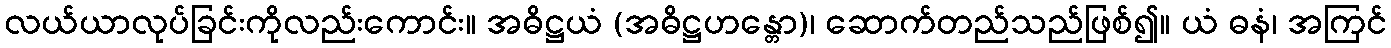
လယ်ယာလုပ်ခြင်းကိုလည်းကောင်း။ အဓိဋ္ဌယံ (အဓိဋ္ဌဟန္တော)၊ ဆောက်တည်သည်ဖြစ်၍။ ယံ ဓနံ၊ အကြင်